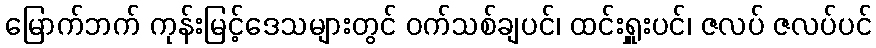
မြောက်ဘက် ကုန်းမြင့်ဒေသများတွင် ဝက်သစ်ချပင်၊ ထင်းရှူးပင်၊ ဇလပ် ဇလပ်ပင်